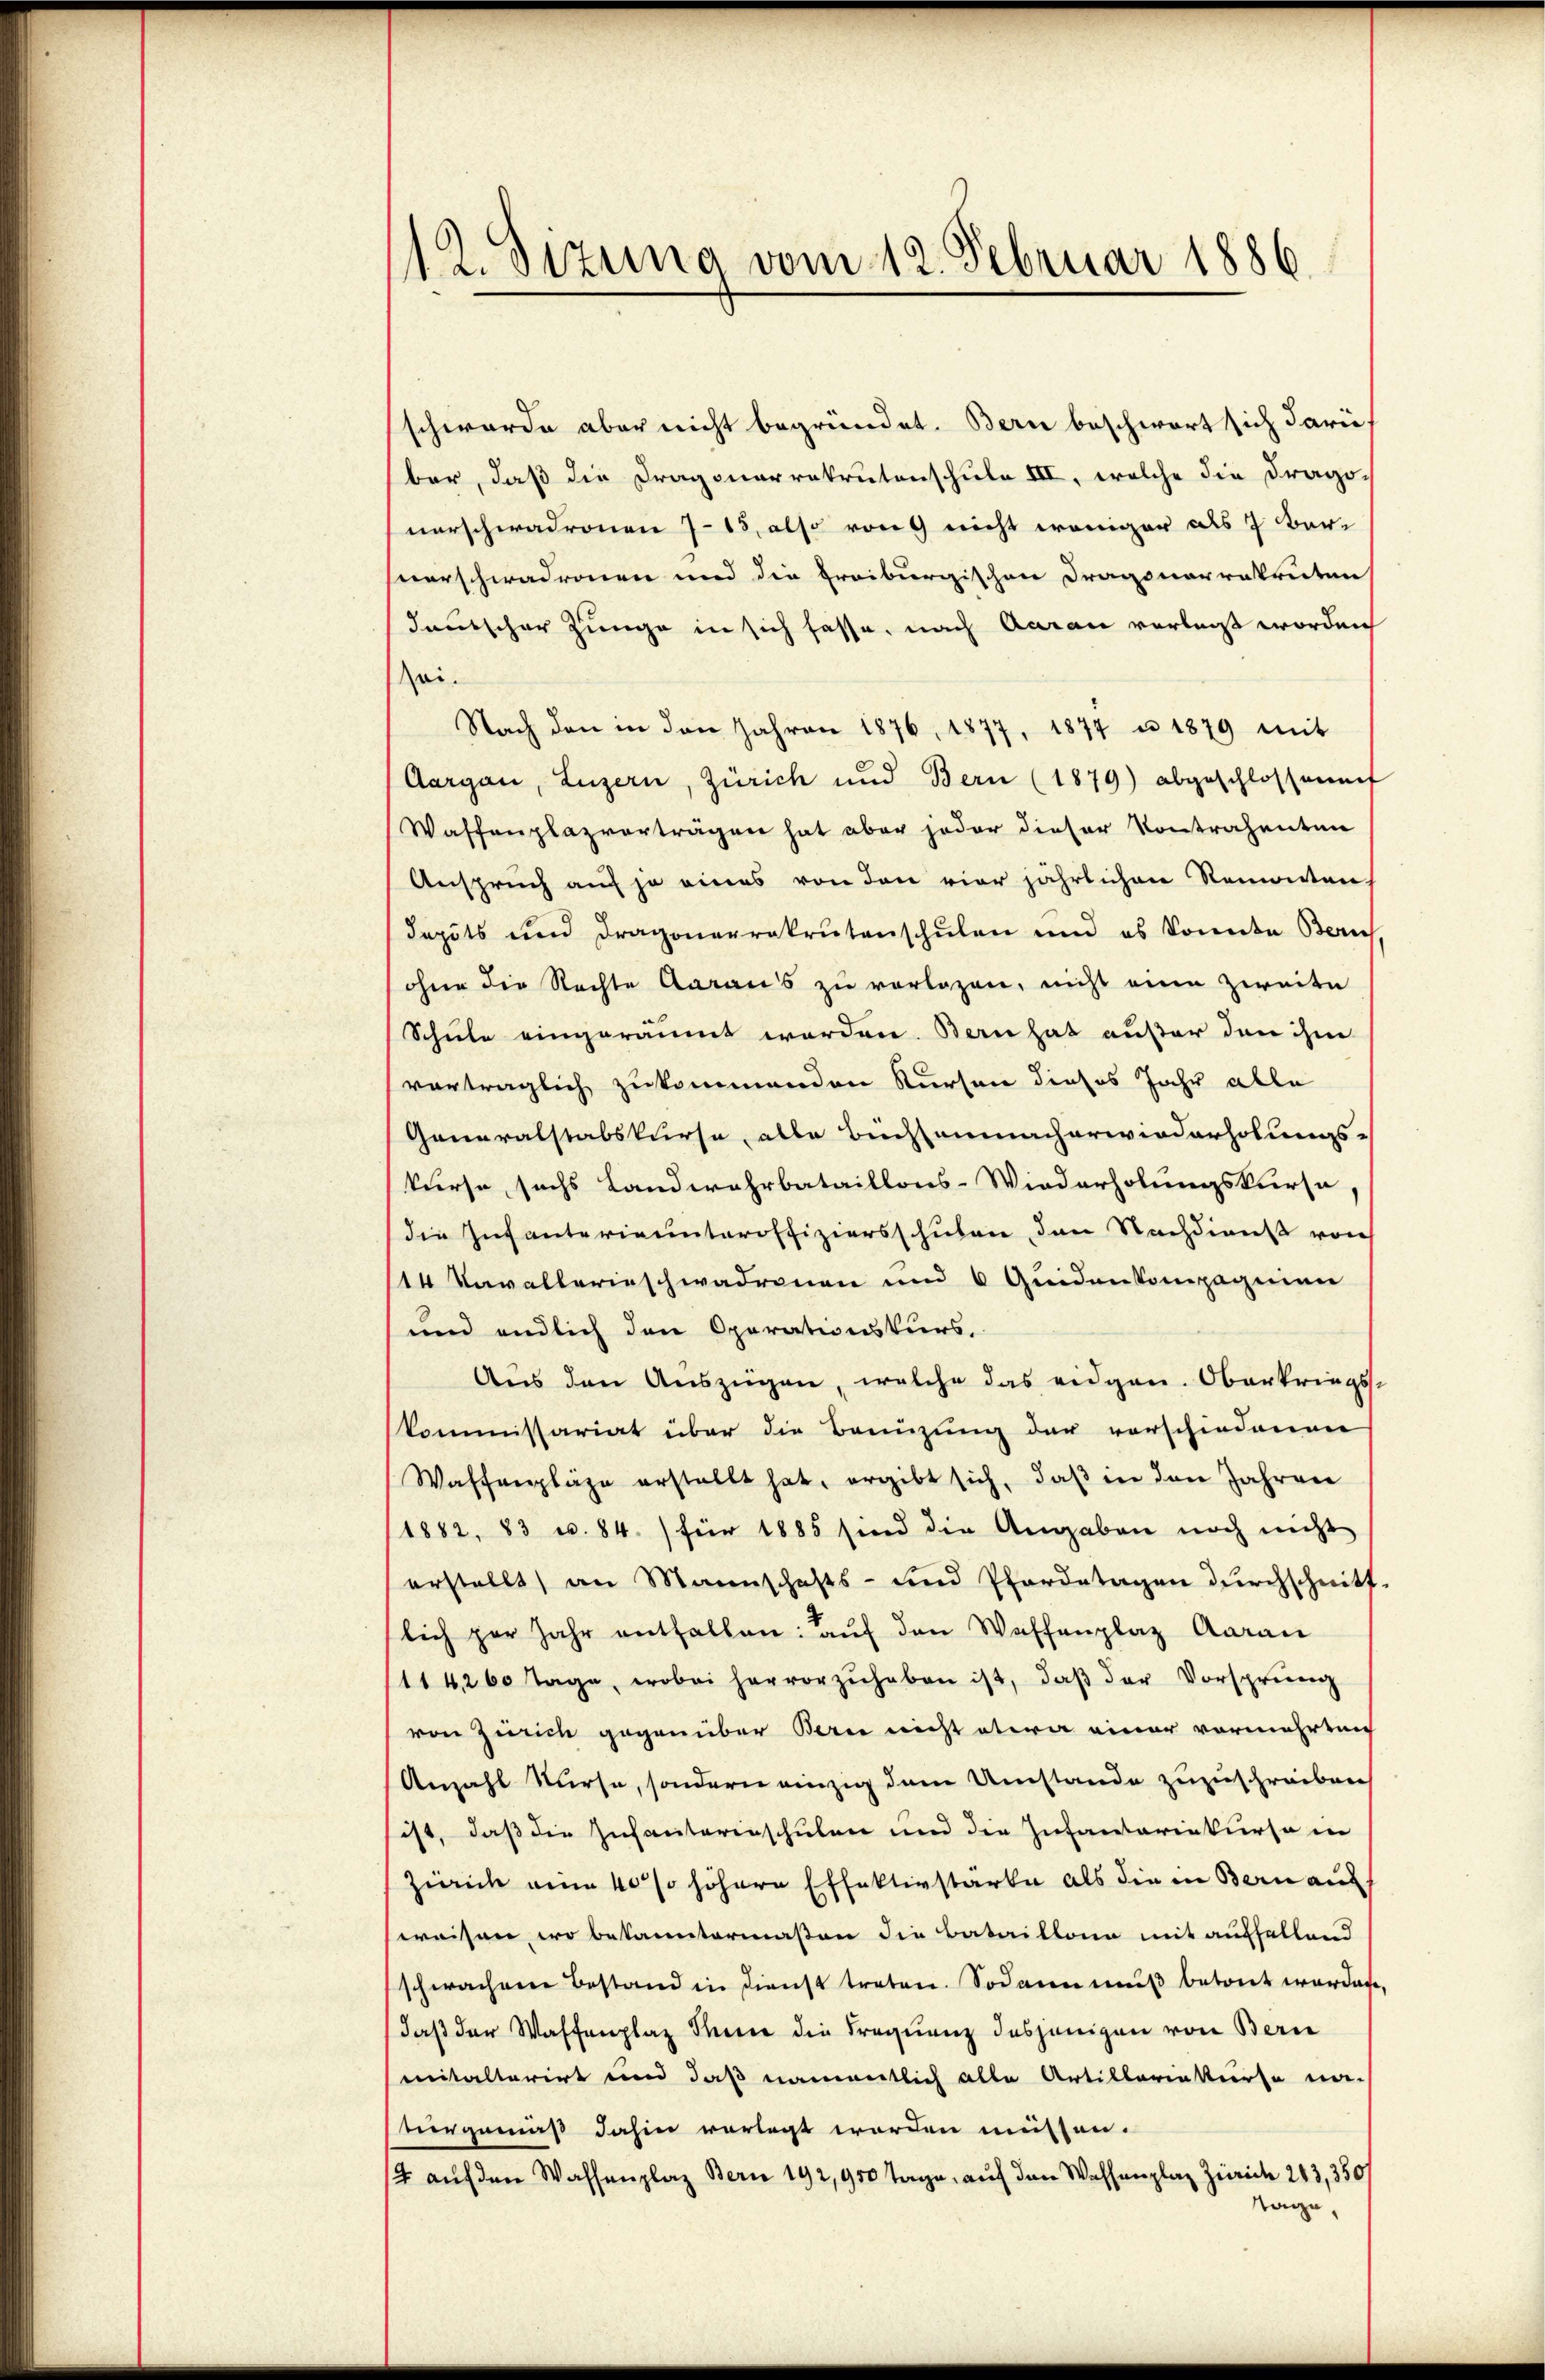
112. Sizung vom 12. Februar 1886.

schwerde aber nicht begründet. Bern beschwert sich daruf
ber, daß die Dragonarrakrutenschule III, welche die Dragovorschwadronen 7-13, also von nicht weniger als 7 Bar-
verschwadronen und die Freiburgischen Dragonarrakruten
Jautscher Zunge in sich fasse, nach Aarau verlass worden
Zei.
Nach den in den Jahren 1876, 1877, 1874 u. 1879 mit
Aargau, Luzern, Zürich und Bern (1879) abgeschlossennf
Waffenplazverträgen hat aber jeder dieser Kontrahenten
Anspruch auf je eines von den vier jährlichen Remonten-
daputs und Dragonerrakrutenschulen und es Sonnte Bern
ohne die Rechte Aaraus zu vorlagen, nicht eine Zweite
Schule eingeräumt worden. Bern hat außer den ihm
vorträglich zukommenden Kursen dieses Jahr alle
Ganaralstabskurse, alle Büchsenmacherwiederholungs-
kurse sechs Landwehrbataillons-Wiederholungskursa
die Infanterianteroffiziersschulen den Nachdienst von
14 Kavallerinschwadronen und 6 Quidenkompagnien
und endlich den Operationskurs,
Aus den Auszügen, welche das eidgen. Oberkriegs-
skommissariat über die Bannzung der vorschiedenen
Waffenpläge erstellt hat, ergibt sich, daβ in den Jahren
1882, 83 u. 84. / für 1885 sind die Angaben noch nicht
erstellt, an Mannschafts- und Pferdetagen durchschnitt-
lich per Jahr enthalten: aŭf den Waffenplaz Aarau
114260 Tage, wobei hervorzŭhaben ist, daβ der Vorsprüng
von Zürich gegenüber Bern nicht etwa einer vormehrten
Anzahl Kurse, sondern einzig dem Umstande zuzuschreiben
sist, daß die Infanterinschulen und die Infantariakurse in
Zürich eine 40% höhere Effektivstarke als die in Bern auf
weisen, wo bekanntermaßen die Bataillona mit auffellend
schwachene Bestand in dienst treten. Sodann muß betont werden,
daß der Waffenplaz Serie die Frequenz desjenigen von Bern
mitalterirt und daß namentlich alle Artillariakurse na-
turgemäß dahin vorlegt worden müssen.
/4 auf den Wassenplaz Bern 192,950 Tage, auf den Wassenplaz Zürich 243, 350/
Tage